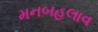
મનબહલાવ